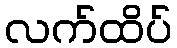
လက်ထိပ်